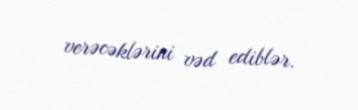
verəcəklərini vəd ediblər.